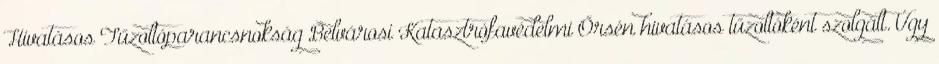
Hivatásos Tűzoltóparancsnokság Belvárosi Katasztrófavédelmi Őrsén hivatásos tűzoltóként szolgált. Úgy